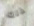
ذلك